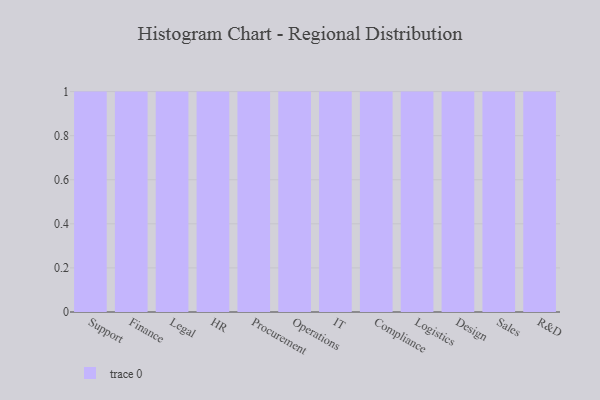
{"axis": {"x": "Department", "y": "Gross Profit (USD K)"}, "legend": [""], "data": [{"x": "Support", "y": 26, "type": ""}, {"x": "Finance", "y": 74, "type": ""}, {"x": "Legal", "y": 95, "type": ""}, {"x": "HR", "y": 68, "type": ""}, {"x": "Procurement", "y": 98, "type": ""}, {"x": "Operations", "y": 28, "type": ""}, {"x": "IT", "y": 88, "type": ""}, {"x": "Compliance", "y": 18, "type": ""}, {"x": "Logistics", "y": 25, "type": ""}, {"x": "Design", "y": 28, "type": ""}, {"x": "Sales", "y": 6, "type": ""}, {"x": "R&D", "y": 70, "type": ""}]}